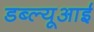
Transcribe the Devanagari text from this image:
डब्ल्यूआई